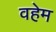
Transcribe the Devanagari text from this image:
वहेम